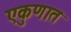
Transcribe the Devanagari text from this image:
एकुणात